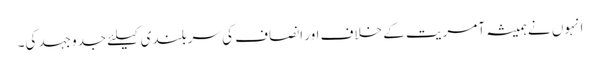
انہوں نے ہمیشہ آمریت کے خلاف اور انصاف کی سربلندی کیلئے جدوجہد کی۔